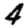
Digit: 4